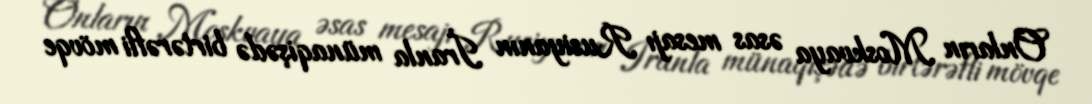
Onların Moskvaya əsas mesajı Rusiyanın İranla münaqişədə birtərəfli mövqe